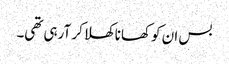
بس ان کو کھانا کھلا کر آرہی تھی۔